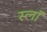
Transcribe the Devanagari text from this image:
स्लॉ